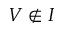
V \not \in I